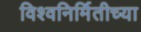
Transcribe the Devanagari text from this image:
विश्वनिर्मितीच्या